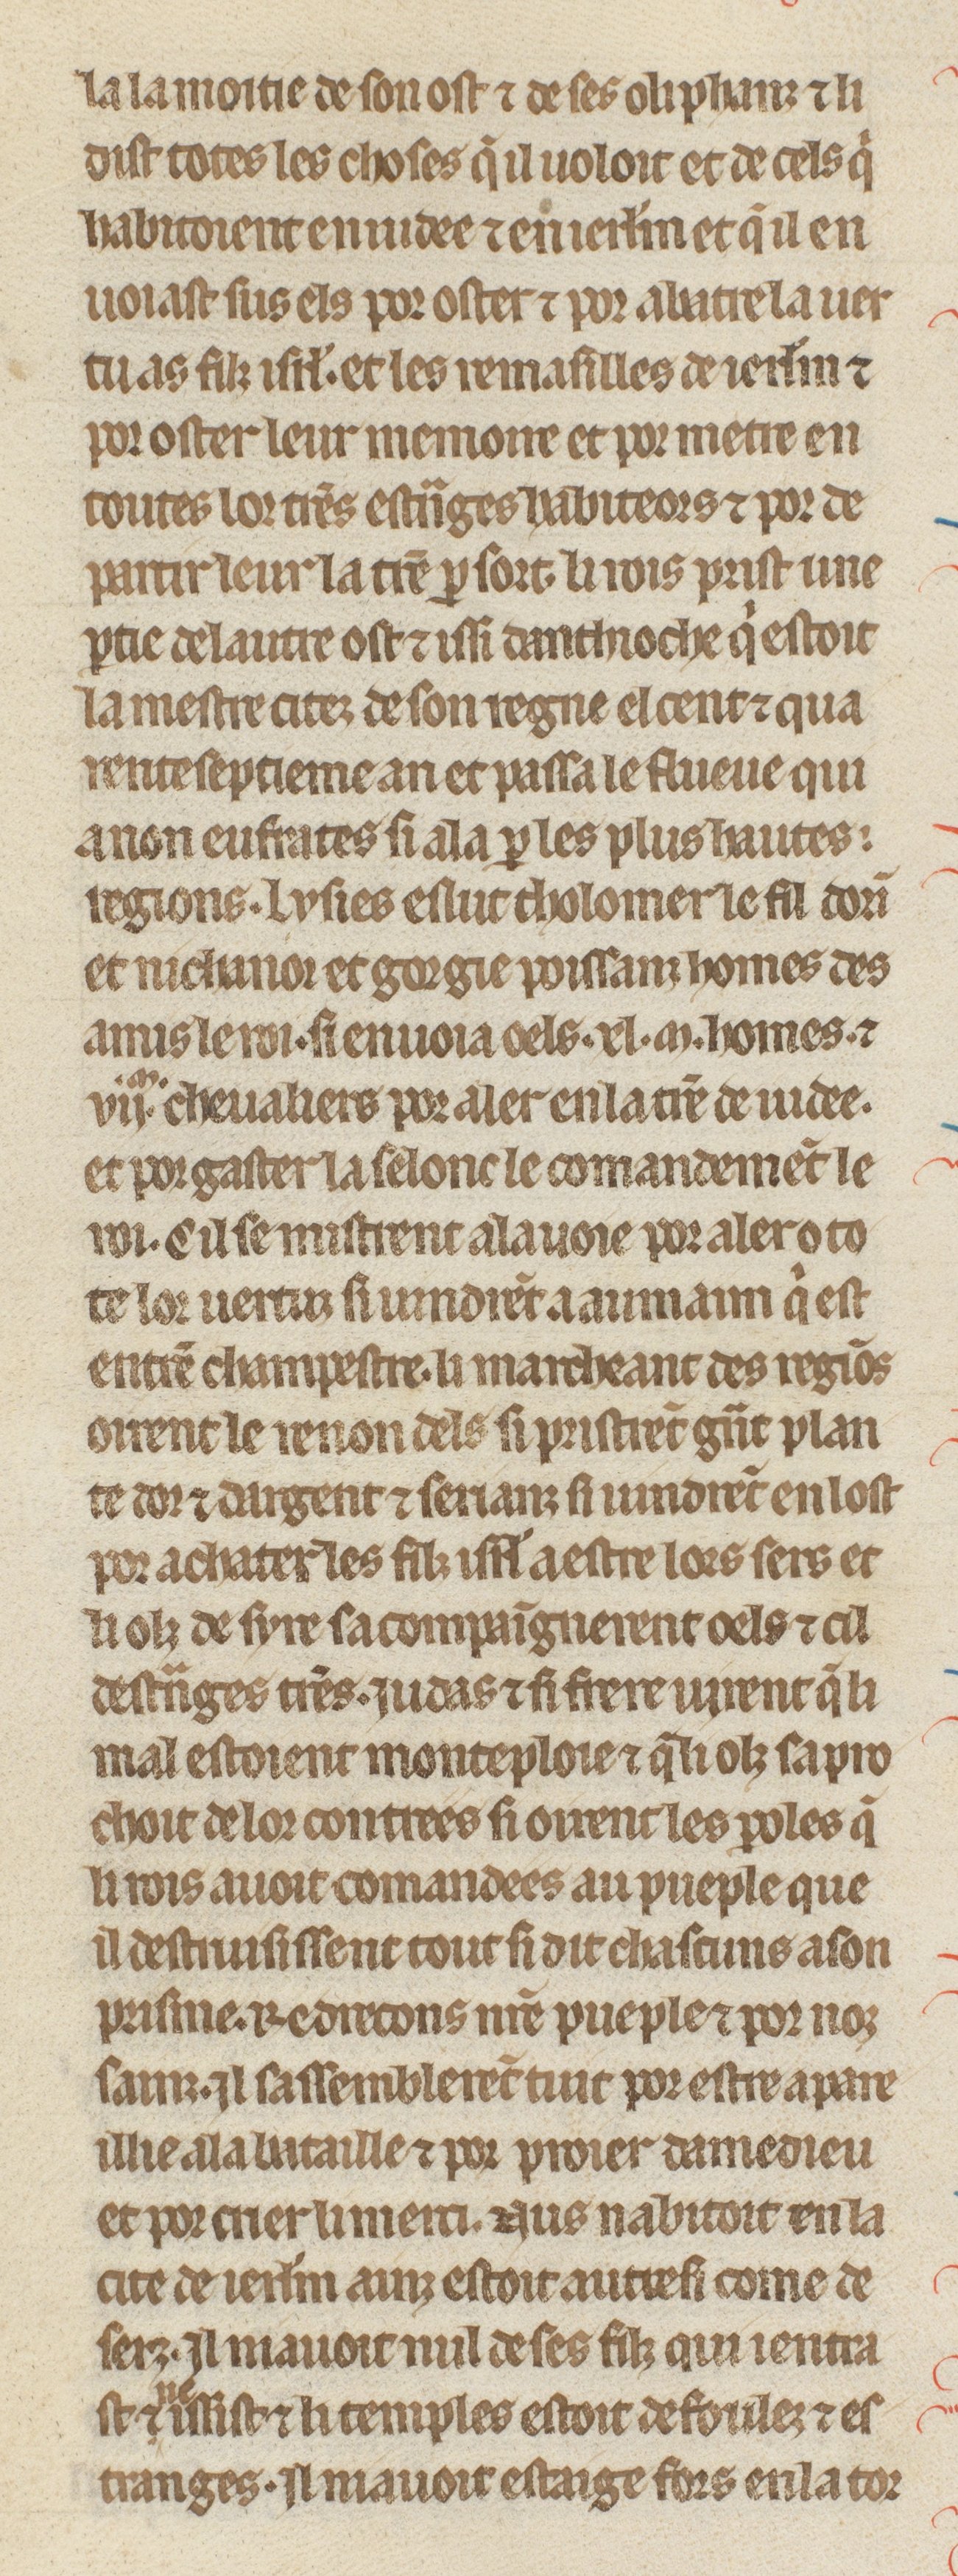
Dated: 1260–1269